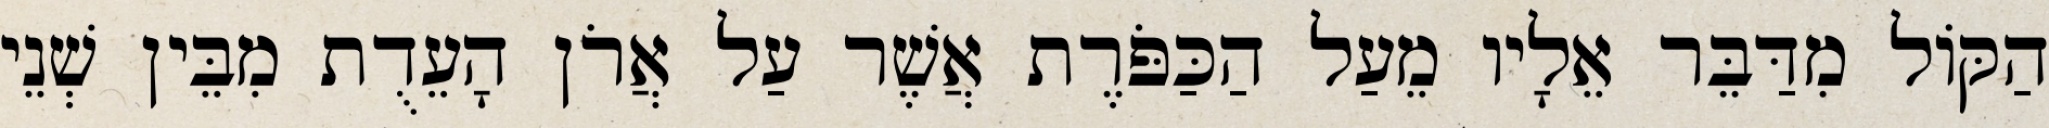
הַקּוֹל מִדַּבֵּר אֵלָיו מֵעַל הַכַּפֹּרֶת אֲשֶׁר עַל אֲרֹן הָעֵדֻת מִבֵּין שְׁנֵי